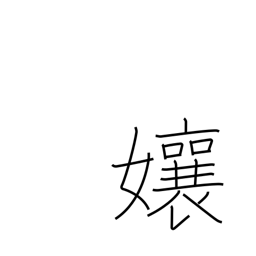
Meaning: Miss